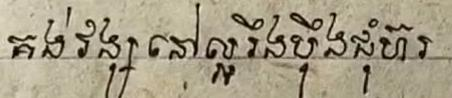
គង់វង្សនៅល្អរឹងប៉ឹងជុំហ៊រ